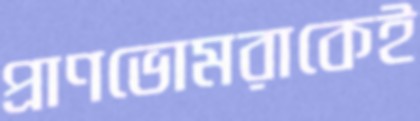
প্রাণভোমরাকেই